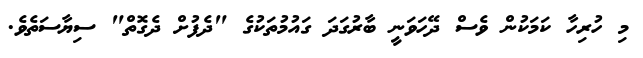
މި ހުރިހާ ކަމަކުން ވެސް ދޭހަވަނީ ބާރުގަދަ ގައުމުތަކުގެ "ދެފުށް ދެގޮތް" ސިޔާސަތެވެ.